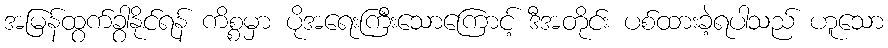
အမြန်ထွက်ခွာနိုင်ရန် ကိစ္စမှာ ပိုအရေးကြီးသောကြောင့် ဒီအတိုင်း ပစ်ထားခဲ့ရပါသည် ဟူသော